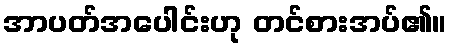
အာပတ်အပေါင်းဟု တင်စားအပ်၏။